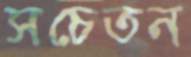
সচেতন